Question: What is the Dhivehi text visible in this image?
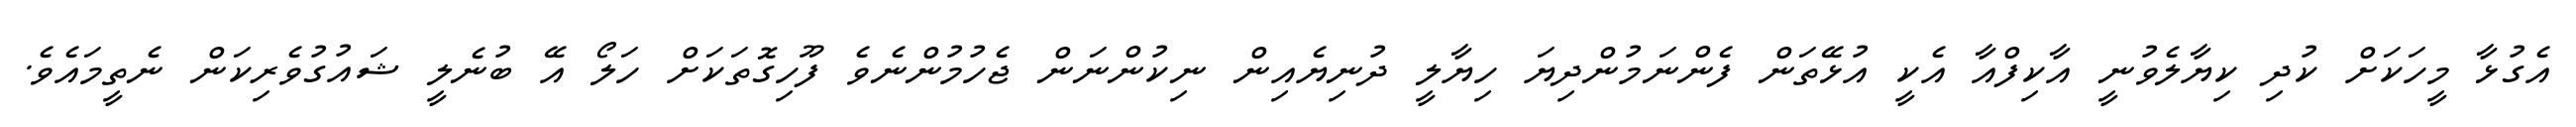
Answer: އެގުޅާ މީހަކަށް ކުދި ކިޔާލެވުނީ އާކިފްއާ އެކީ އުޅޭތަން ފެންނަމުންދިޔަ ހިޔާލީ ދުނިޔެއިން ނިކުންނަން ޖެހުމުންނެވެ ފޫހިގޮތަކަށް ހަލޯ އޭ ބުނެލީ ޝައުގުވެރިކަން ނެތީމައެވެ.